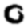
Digit: 0